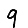
Digit: 9